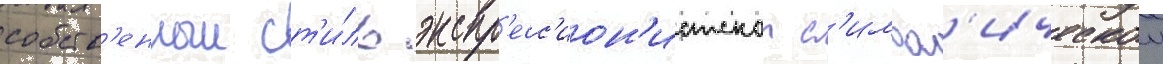
собств'енныи ст'и́ль экспр'есс'ион'истскои с'имвол'ическои